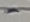
Text: -